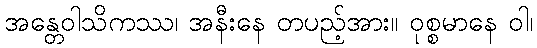
အန္တေဝါသိကဿ၊ အနီးနေ တပည့်အား။ ဝုစ္စမာနေ ဝါ၊